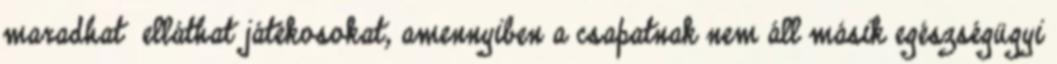
maradhat elláthat játékosokat, amennyiben a csapatnak nem áll másik egészségügyi